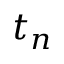
t _ { n }